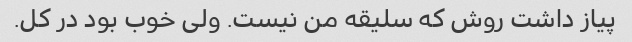
پیاز داشت روش که سلیقه من نیست. ولی خوب بود در کل.